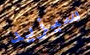
سيزيد